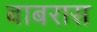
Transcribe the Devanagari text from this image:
बाबरास